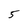
Character: 5